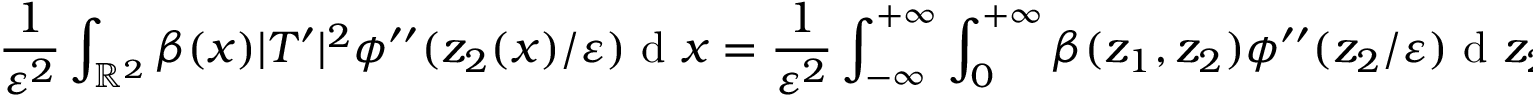
\frac { 1 } { \varepsilon ^ { 2 } } \int _ { \mathbb { R } ^ { 2 } } \beta ( x ) | T ^ { \prime } | ^ { 2 } \phi ^ { \prime \prime } ( z _ { 2 } ( x ) / \varepsilon ) \textrm { d } x = \frac { 1 } { \varepsilon ^ { 2 } } \int _ { - \infty } ^ { + \infty } \int _ { 0 } ^ { + \infty } \beta ( z _ { 1 } , z _ { 2 } ) \phi ^ { \prime \prime } ( z _ { 2 } / \varepsilon ) \textrm { d } z _ { 2 } \textrm { d } z _ { 1 } ,